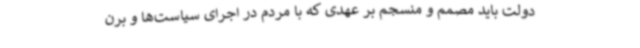
دولت باید مصمم و منسجم بر عهدی که با مردم در اجرای سیاست‌ها و برن